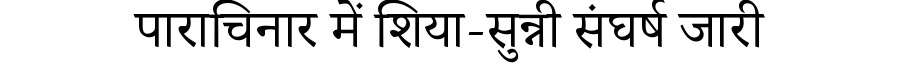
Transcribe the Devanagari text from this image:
पाराचिनार में शिया-सुन्नी संघर्ष जारी